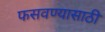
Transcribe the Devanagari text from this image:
फसवण्यासाठी